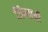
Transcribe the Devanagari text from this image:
जिम्बानी